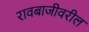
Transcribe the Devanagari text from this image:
रावबाजीवरील